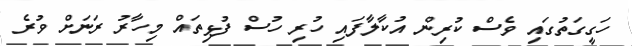
ހަގީގަތުގައި ވެސް ކުރިން އުކާލާފައި ހުރި ހުސް ފުޅިތައް މިހާރު ރަނަށް ވުރެ